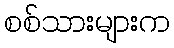
စစ်သားများက